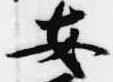
安